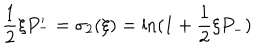
\frac { 1 } { 2 } \xi P _ { - } ^ { \prime } = \sigma _ { 2 } ( \xi ) = \ln ( 1 + \frac { 1 } { 2 } \xi P _ { - } )